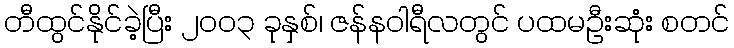
တီထွင်နိုင်ခဲ့ပြီး ၂၀၀၃ ခုနှစ်၊ ဇန်နဝါရီလတွင် ပထမဦးဆုံး စတင်